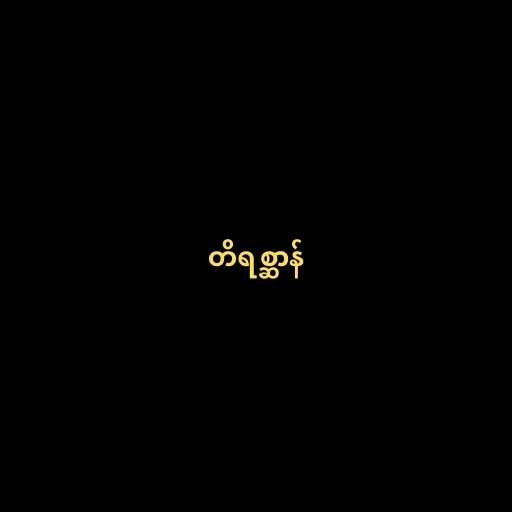
တိရစ္ဆာန်